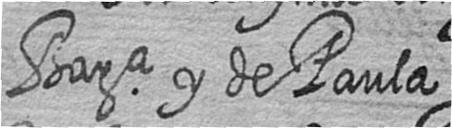
Bara y de Paula